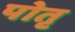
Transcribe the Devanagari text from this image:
पोतृ